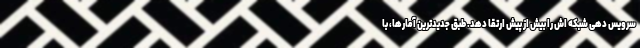
سرویس دهی شبکه اش را بیش از پیش ارتقا دهد. طبق جدیدترین آمارها، با